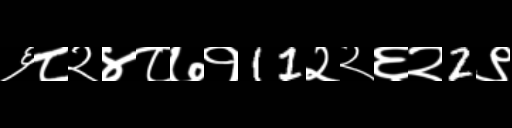
Text: ६८२४८७१11२२६२2९